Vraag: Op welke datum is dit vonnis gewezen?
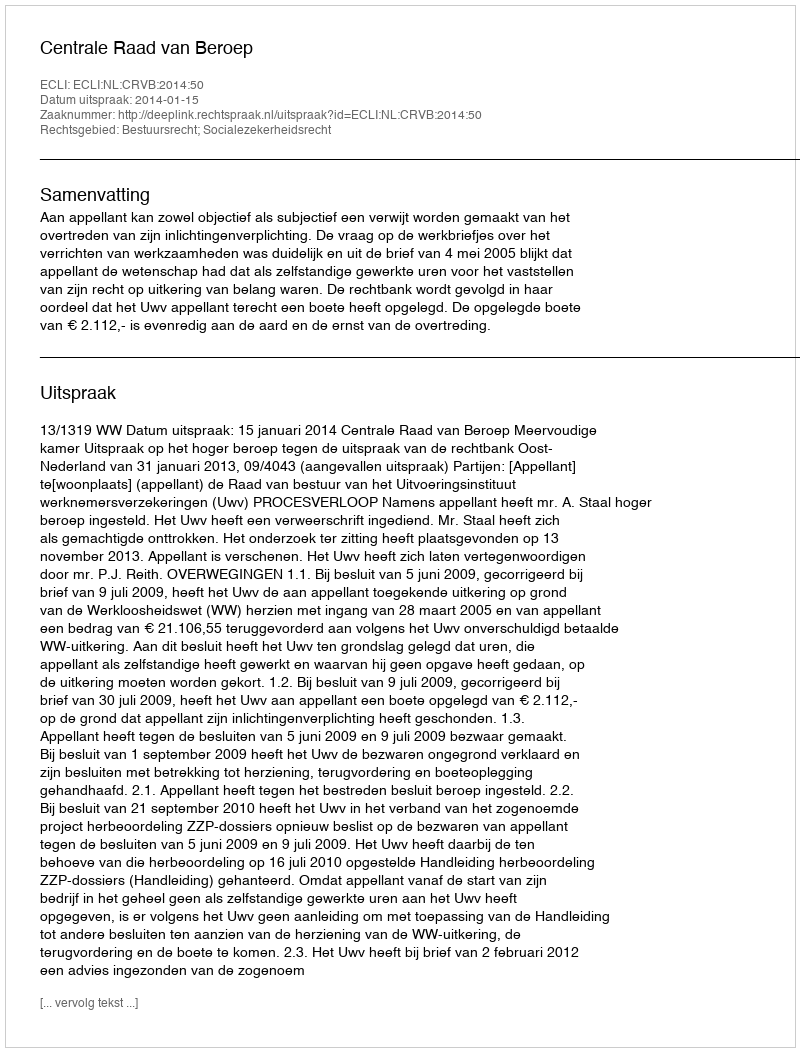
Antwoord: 2014-01-15